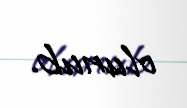
olunub.